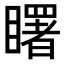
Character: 𥌓